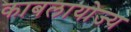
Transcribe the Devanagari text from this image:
काबलायोज्य